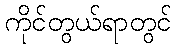
ကိုင်တွယ်ရာတွင်